Document type: Sale
Year: 1355
Scribe: Pere Borrell
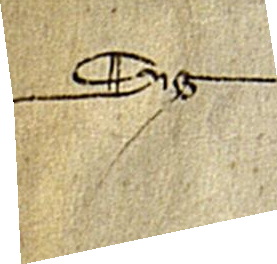
Sig